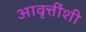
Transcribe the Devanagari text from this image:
आवृत्तींशी